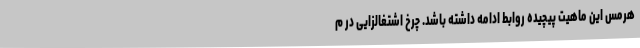
هرمس این ماهیت پیچیده روابط ادامه داشته باشد. چرخ اشتغالزایی در م